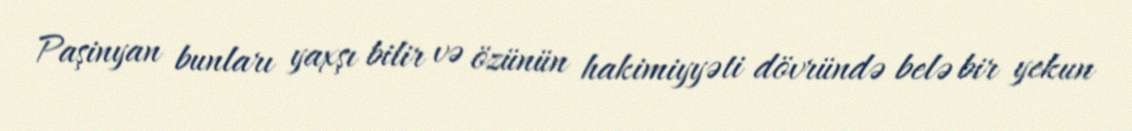
Paşinyan bunları yaxşı bilir və özünün hakimiyyəti dövründə belə bir yekun